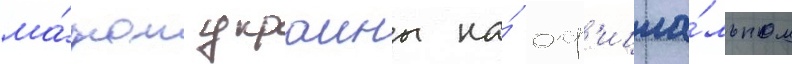
ма́рок украины на́ оф'ициа́льном